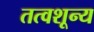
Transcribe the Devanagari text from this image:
तत्वशून्य